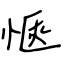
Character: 愜